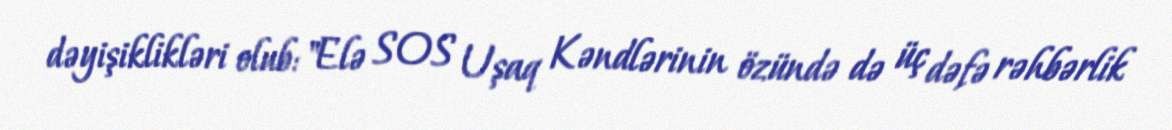
dəyişiklikləri olub: "Elə SOS Uşaq Kəndlərinin özündə də üç dəfə rəhbərlik